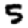
Digit: 5